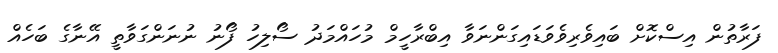
ފަރާތުން އިސްކޮށް ބައިވެރިވެވަޑައިގަންނަވާ އިބްރާހީމް މުހައްމަދު ސޯލިހު ފޯނު ނުނަންގަވާތީ އޭނާގެ ބަހެއް